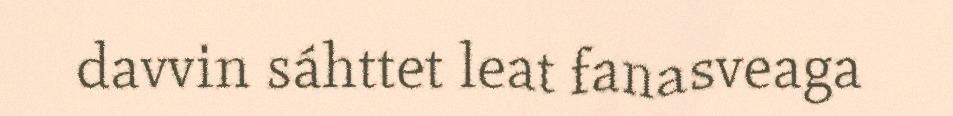
davvin sáhttet leat fanasveaga